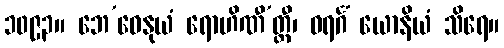
၁၀၉၃။ ဘေ’ဓေနုယံ ရောဟိဏီ’တ္ထီ၊ ဝရင်္ဂံ ယောနိယံ သိရေ။